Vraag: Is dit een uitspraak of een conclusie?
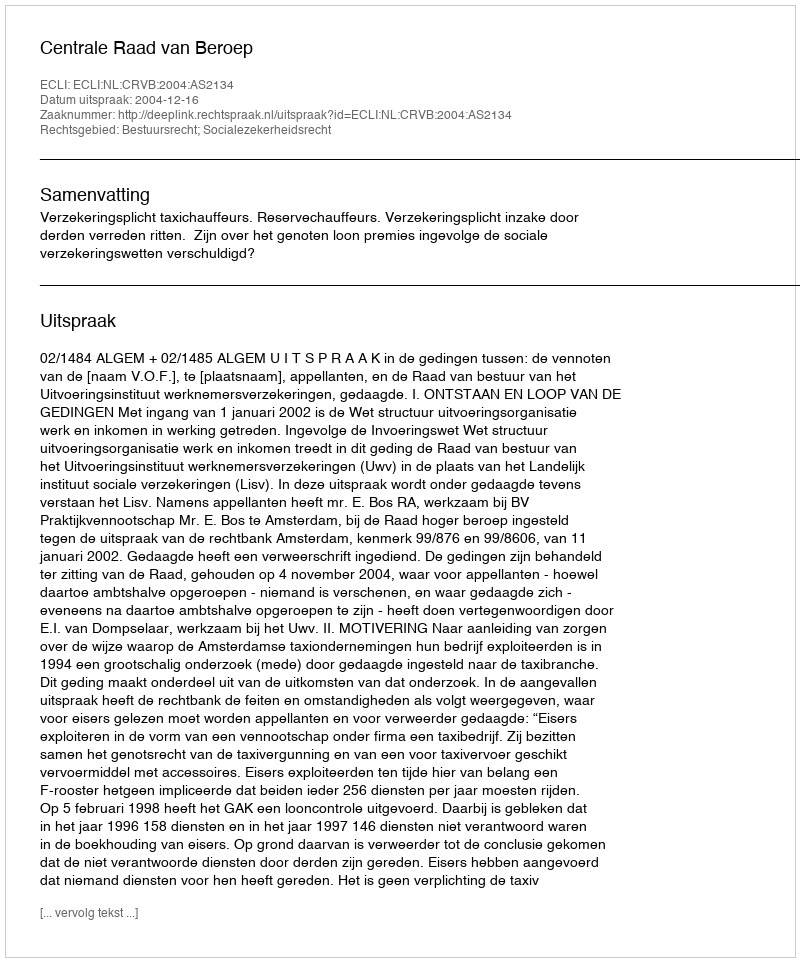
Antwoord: Uitspraak